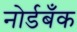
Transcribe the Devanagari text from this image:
नोर्डबँक